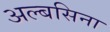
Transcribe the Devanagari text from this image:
अल्बसिना